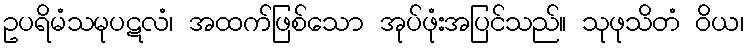
ဥပရိမံသမုပဋလံ၊ အထက်ဖြစ်သော အုပ်ဖုံးအပြင်သည်။ သုဖုသိတံ ဝိယ၊